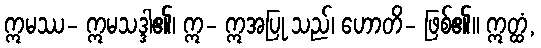
ဣမဿ- ဣမသဒ္ဒါ၏၊ ဣ- ဣအပြု သည်၊ ဟောတိ- ဖြစ်၏။ ဣတ္ထံ,